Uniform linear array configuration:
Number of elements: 24
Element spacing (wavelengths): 0.75
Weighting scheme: blackman
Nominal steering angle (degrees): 15
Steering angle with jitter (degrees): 14.314
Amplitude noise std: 0.05
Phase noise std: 0.05

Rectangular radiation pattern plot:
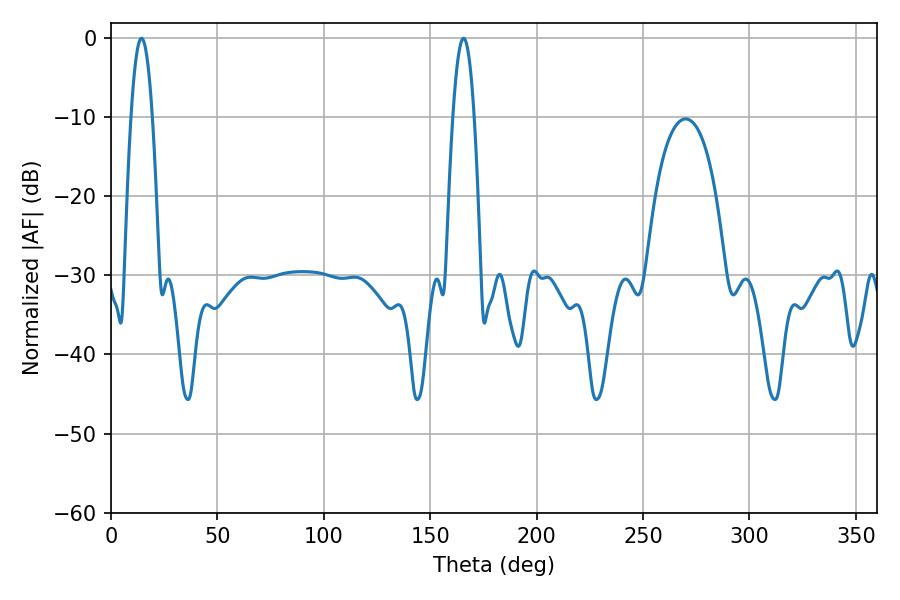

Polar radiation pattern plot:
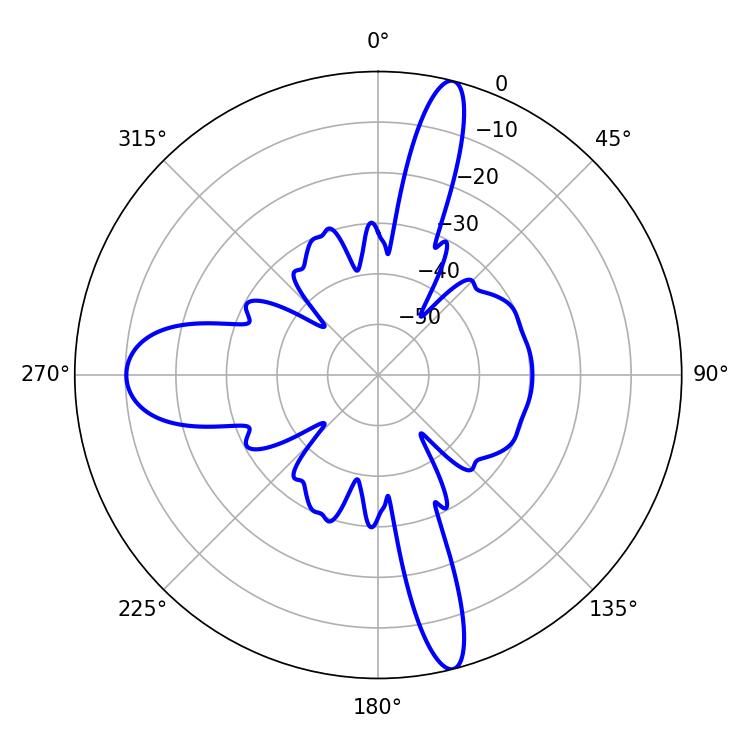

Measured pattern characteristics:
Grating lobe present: TRUE
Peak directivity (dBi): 19.339
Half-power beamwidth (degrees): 5.4
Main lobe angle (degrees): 165.6